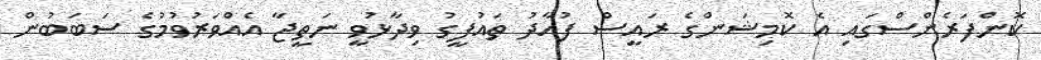
ކޮންފަރެންސްގައި އެ ކޮމިޝަންގެ ރައީސް ފުއާދު ތައުފީގު ވިދާޅުވީ ނަތީޖާ އެއްވަރުވުމުގެ ސަބަބުން